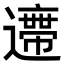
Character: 𨘛